Civil Veterinary Department Bihar reports 1940-50 - 1940-1950
Year: 1940
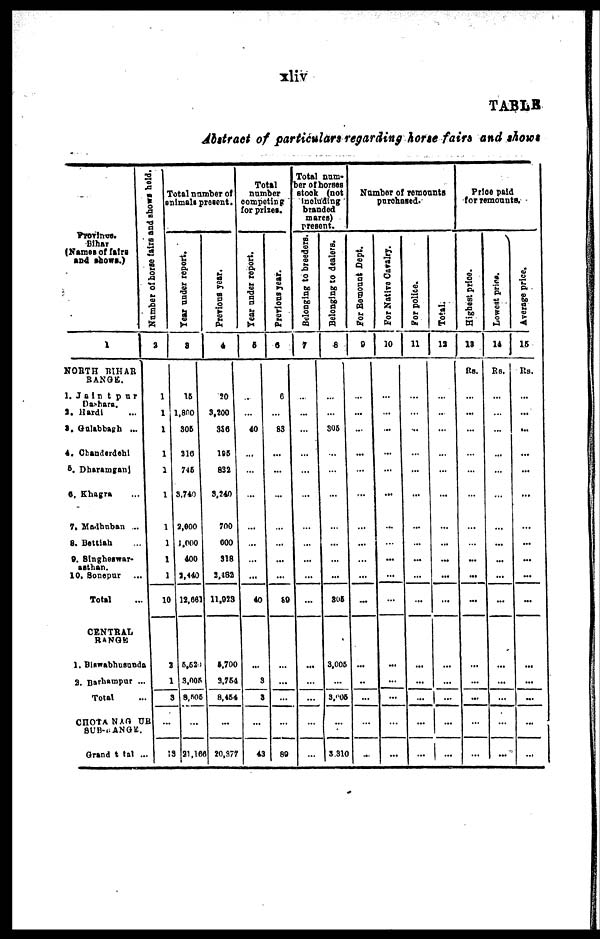
xliv
TABLE
Abstaract of particulars regarding horse fairs and shows
Province.
Bihar
(Names of fairs
and shows.)
1
NORTH BIHAR RANGE.
1. Jaintpur
Darhara
2. Hardi ...
3. Gulabhagh ...
4. Chanderdehl
5. Dharamganj
6, Khagra ...
7. Madhuban ...
8. Bettiah ...
9. Singheswar-
asthan.
10. Sonepur ...
Total ...
CENTRAL
RANGE
1. Blawabhusunds
2. Barhampur ...
Total
CHOTA NAGPUR
SUB-RANGE
Grand total ...
Number of horse fairs and shows held.
2
1
1
1
1
1
1
1
1
1
1
10
2
1
3
...
13
Total number of
animals present.
Tear under report.
3
15
1,800
306
216
746
3,740
2,000
1,000
400
3,440
12,661
5,621
3,005
8,505
...
21,16
Previous year.
4
20
3,200
356
195
832
3,240
700
000
318
3,482
11,033
5,700
3,764
8,454
...
20,377
Total
number
competing
for prizes.
Year under report.
5
...
...
40
...
...
...
...
...
...
...
40
...
3
8
...
43
Previous year.
6
6
...
63
...
...
...
...
...
...
...
89
...
...
...
...
89
Total number of horses
a took (not
Including
branded
mares)
present.
Belonging to breeders.
7
...
...
...
...
...
...
...
...
...
...
...
...
...
...
...
...
Belonging to dealers.
8
...
...
306
...
...
...
...
...
...
...
806
3.006
...
3,005
...
3 310
Number of remounts
purchased.
For Remount Dept.
9
...
...
...
...
...
...
...
...
...
...
...
...
...
...
...
...
For Native Cavalry.
-
10
...
...
...
...
...
...
...
...
...
...
...
...
...
...
...
...
For police.
11
...
...
...
...
...
...
...
...
...
...
...
...
...
...
...
...
Total.
12
...
...
...
...
...
...
...
...
...
...
...
...
...
...
...
...
Price paid
for remounts.
Highest price.
13
Rs.
...
...
...
...
...
...
...
...
...
...
...
...
...
...
...
...
Lowest price.
14
Rs.
...
...
...
...
...
...
...
...
...
...
...
...
...
...
...
...
Average price.
15
Rs.
...
...
...
...
...
...
...
...
...
...
...
...
...
...
...
...